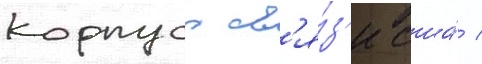
корпуса св'я́з'и сша́ /